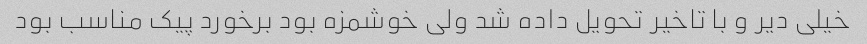
خیلی دیر و با تاخیر تحویل داده شد ولی خوشمزه بود برخورد پیک مناسب بود